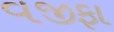
વજીફા